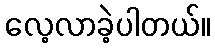
လေ့လာခဲ့ပါတယ်။